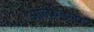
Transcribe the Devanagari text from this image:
आल्फ्रेडला